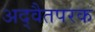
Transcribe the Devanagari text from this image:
अद्वैतपरक